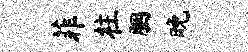
菲柱胭晚